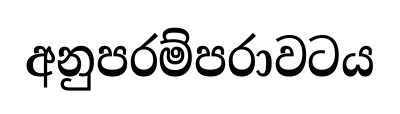
අනුපරම්පරාවටය